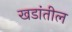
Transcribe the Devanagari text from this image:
खडांतील